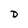
Character: D